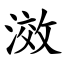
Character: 滧